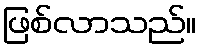
ဖြစ်လာသည်။